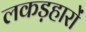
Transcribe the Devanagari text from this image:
लकड़हारों